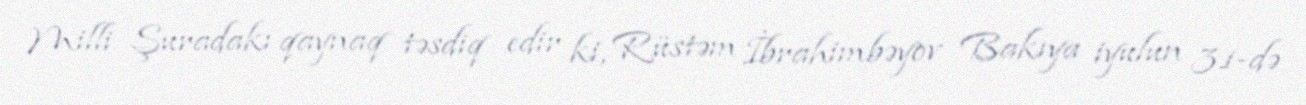
Milli Şuradakı qaynaq təsdiq edir ki, Rüstəm İbrahimbəyov Bakıya iyulun 31-də